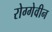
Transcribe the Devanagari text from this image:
रोग्गेवीन